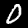
Digit: 0